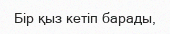
Бір қыз кетіп барады,